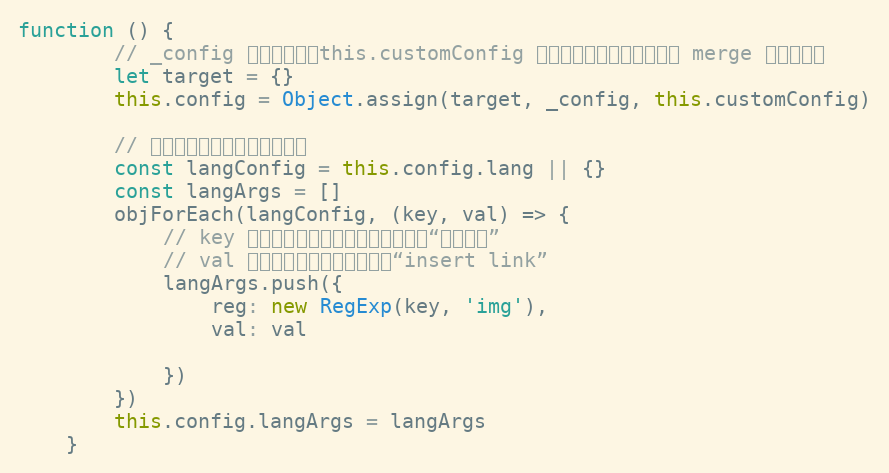
Language: JavaScript
function () {
        // _config 是默认配置，this.customConfig 是用户自定义配置，将它们 merge 之后再赋值
        let target = {}
        this.config = Object.assign(target, _config, this.customConfig)

        // 将语言配置，生成正则表达式
        const langConfig = this.config.lang || {}
        const langArgs = []
        objForEach(langConfig, (key, val) => {
            // key 即需要生成正则表达式的规则，如“插入链接”
            // val 即需要被替换成的语言，如“insert link”
            langArgs.push({
                reg: new RegExp(key, 'img'),
                val: val

            })
        })
        this.config.langArgs = langArgs
    }